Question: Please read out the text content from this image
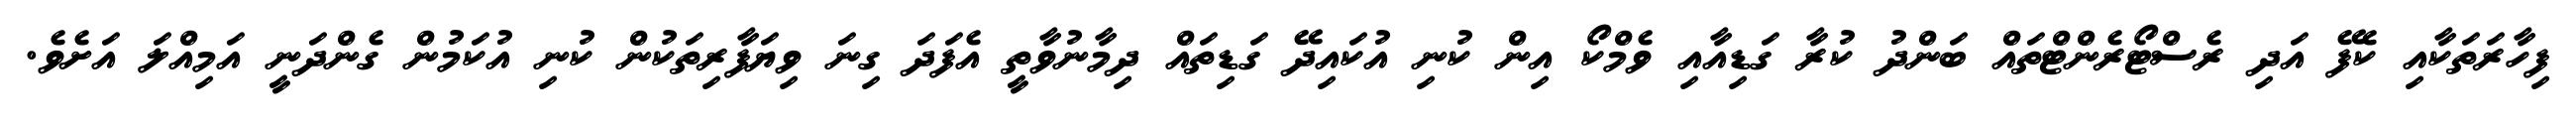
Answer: ފިހާރަތަކާއި ކެފޭ އަދި ރެސްޓޯރެންޓްތައް ބަންދު ކުރާ ގަޑިއާއި ވެމްކޯ އިން ކުނި އުކައިދޭ ގަޑިތައް ދިމާނުވާތީ އެފަދަ ގިނަ ވިޔަފާރިތަކުން ކުނި އުކަމުން ގެންދަނީ އަމިއްލަ އަށެވެ.